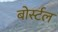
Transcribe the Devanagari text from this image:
बोर्स्टल